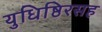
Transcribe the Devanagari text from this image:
युधिष्ठिरसह